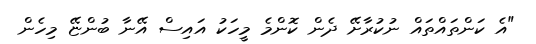
"އެ ކަންތައްތައް ނުކުރާށޭ ދެން ކޮންމެ މީހަކު އައިސް އޭނާ ބުންޏޭ މިހެން